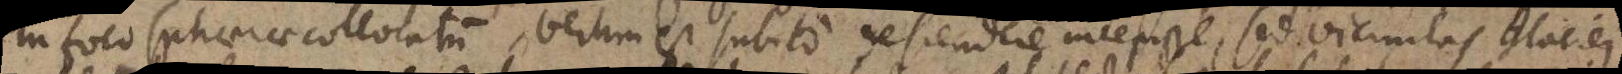
in foco sphaerae collocatum, verum est subito descendere incepisse, sed vicinitas glaciei